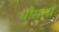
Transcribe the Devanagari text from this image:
भौसला